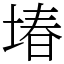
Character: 堾